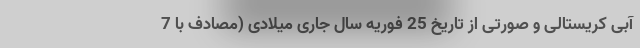
آبی کریستالی و صورتی از تاریخ 25 فوریه سال جاری میلادی (مصادف با 7